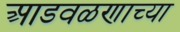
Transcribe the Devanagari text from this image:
आडवळणाच्या